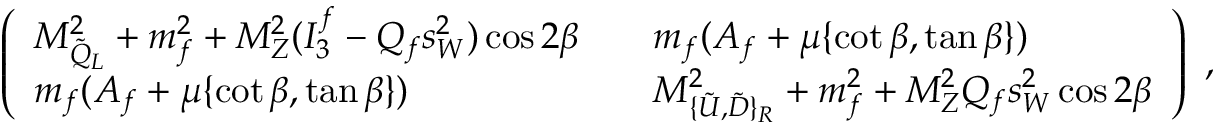
\left( \begin{array} { l l } { { M _ { \tilde { Q } _ { L } } ^ { 2 } + m _ { f } ^ { 2 } + M _ { Z } ^ { 2 } ( I _ { 3 } ^ { f } - Q _ { f } s _ { W } ^ { 2 } ) \cos 2 \beta } } & { { \quad m _ { f } ( A _ { f } + \mu \{ \cot \beta , \tan \beta \} ) } } \\ { { m _ { f } ( A _ { f } + \mu \{ \cot \beta , \tan \beta \} ) } } & { { \quad M _ { \{ \tilde { U } , \tilde { D } \} _ { R } } ^ { 2 } + m _ { f } ^ { 2 } + M _ { Z } ^ { 2 } Q _ { f } s _ { W } ^ { 2 } \cos 2 \beta } } \end{array} \right) \ ,